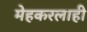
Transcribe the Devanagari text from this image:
मेहकरलाही